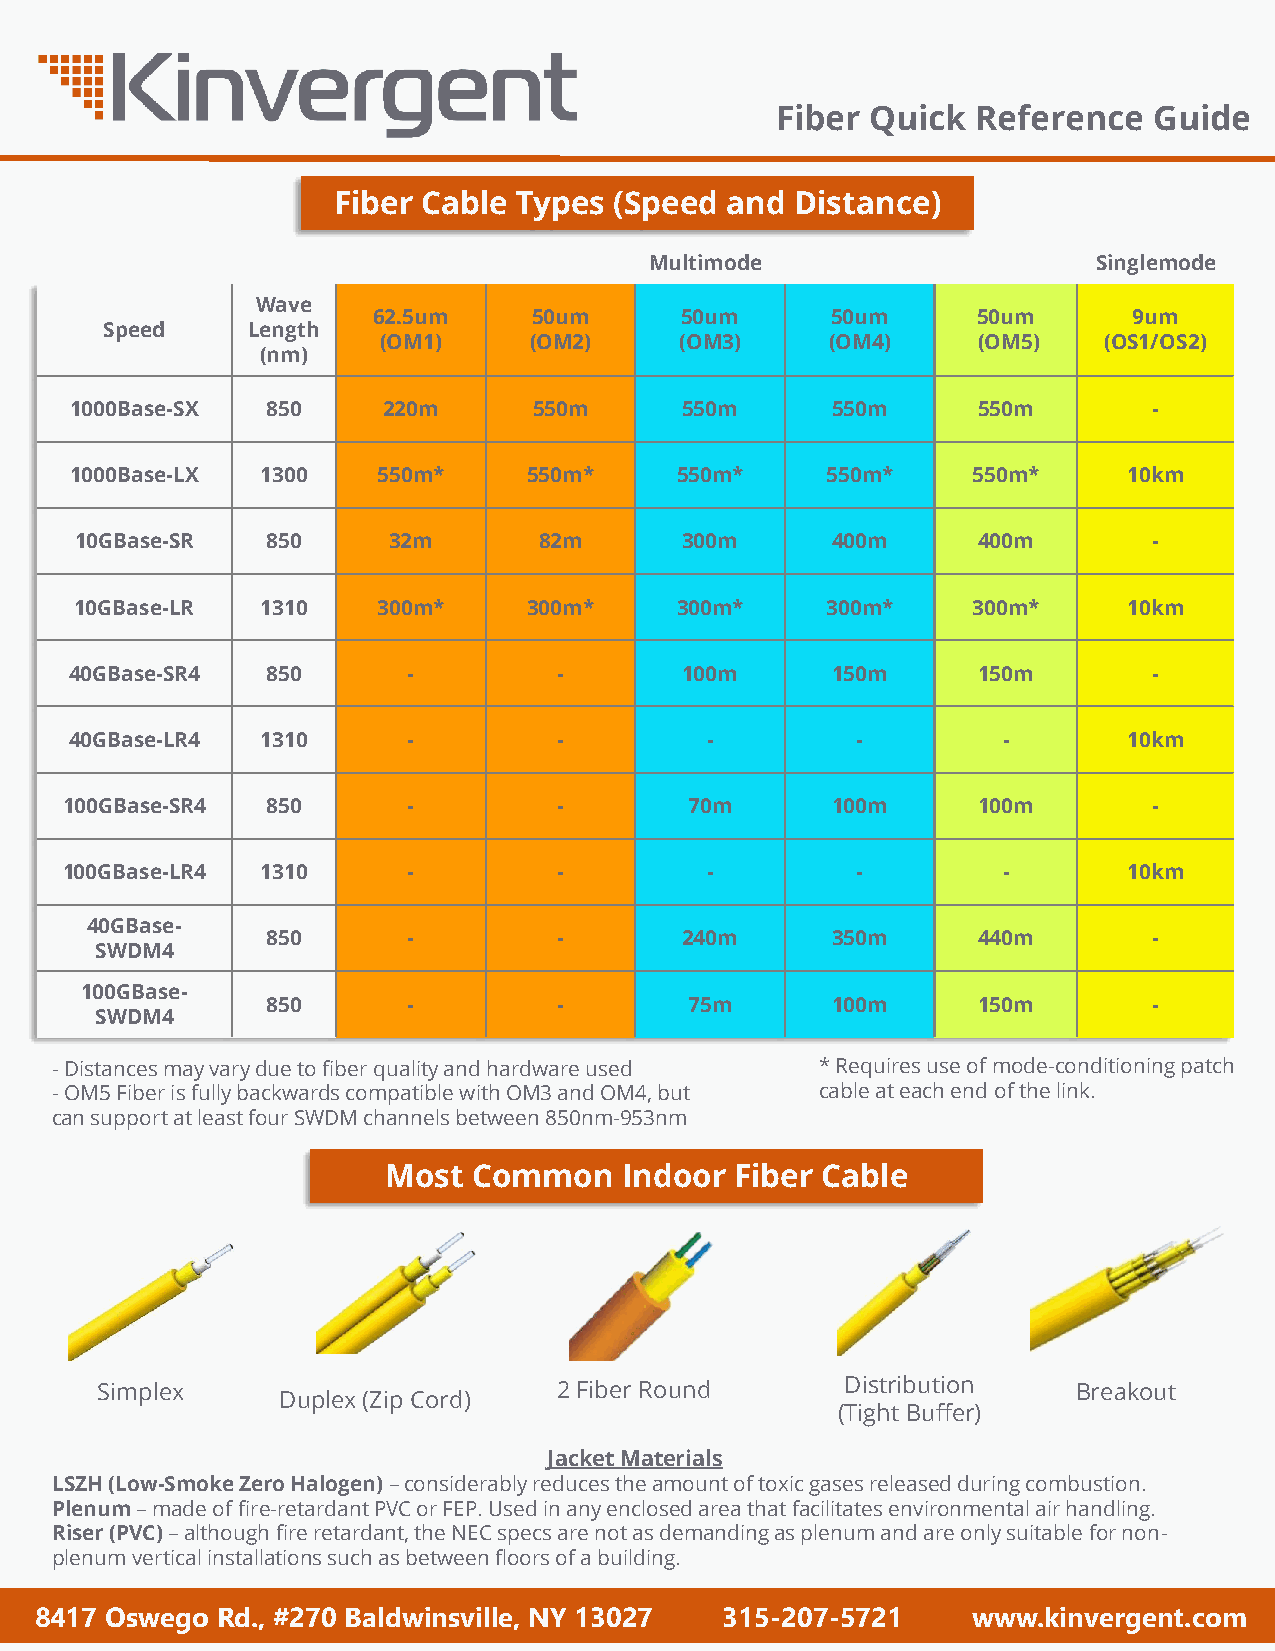
Fiber  Quick  Reference  Guide
 Fiber Cable Types  (Speed and  Distance)
 Multimode                     Singlemode
 Wave
 62.5um    50um      50um      50um      50um      9um
 Speed    Length
 (OM1)     (OM2)     (OM3)     (OM4)     (OM5)   (OS1/OS2)
 (nm)
 1000Base-SX  850    220m      550m      550m      550m      550m       -
 1000Base-LX 1300    550m*     550m*     550m*     550m*    550m*      10km
 10GBase-SR   850     32m       82m      300m      400m      400m       -
 10GBase-LR  1310    300m*     300m*     300m*     300m*    300m*      10km
 40GBase-SR4  850      -         -       100m      150m      150m       -
 40GBase-LR4 1310      -         -         -         -        -        10km
 100GBase-SR4  850      -         -        70m      100m      100m       -
 100GBase-LR4 1310      -         -         -         -        -        10km
 40GBase-
 850      -         -       240m      350m      440m       -
 SWDM4
 100GBase-
 850      -         -        75m      100m      150m       -
 SWDM4
 -Distances may vary due to fiber quality and hardware used * Requires use of mode-conditioning patch
 -OM5 Fiber is fully backwards compatible with OM3 and OM4, but cable at each end of the link.
 can support at least four SWDM channels between 850nm-953nm
 Most Common    Indoor  Fiber Cable
 Simplex                        2 Fiber Round      Distribution   Breakout
 Duplex (Zip Cord)
 (Tight Buffer)
 Jacket Materials
 LSZH (Low-Smoke Zero Halogen) –considerably reduces the amount of toxic gases released during combustion.
 Plenum –made of fire-retardant PVC or FEP. Used in any enclosed area that facilitates environmental air handling.
 Riser (PVC)–although fire retardant, the NEC specs are not as demanding as plenum and are only suitable for non-
 plenum vertical installations such as between floors of a building.
 8417 Oswego Rd., #270 Baldwinsville, NY 13027 315-207-5721    www.kinvergent.com